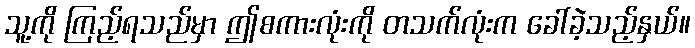
သူ့ကို ကြည့်ရသည်မှာ ဤစကားလုံးကို တသက်လုံးက ခေါ်ခဲ့သည့်နှယ်။